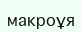
макроұя